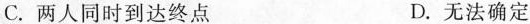
C.两人同时到达终点 D.无法确定